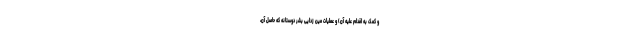
و کمک به اقدام علیه آن) و عملیات مین زدایی بشر دوستانه که حاصل آن،